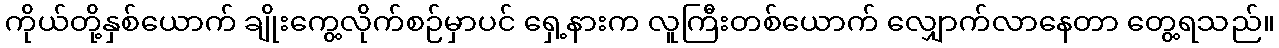
ကိုယ်တို့နှစ်ယောက် ချိုးကွေ့လိုက်စဉ်မှာပင် ရှေ့နားက လူကြီးတစ်ယောက် လျှောက်လာနေတာ တွေ့ရသည်။